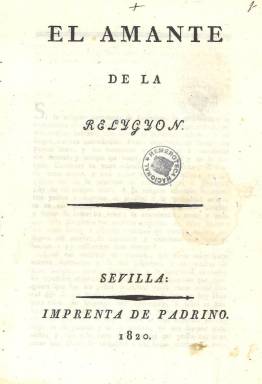
Título: El Amante de la Relygyón
Otros títulos: Amante de la Religión
Colección: Religión
Ámbito geográfico: Sevilla
Lugar de publicación: Sevilla
Fechas: 01/01/1820-31/12/1820